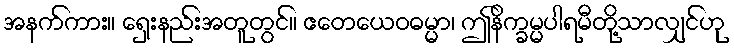
အနက်ကား။ ရှေးနည်းအတူတွင်။ ဧတေယေဝဓမ္မာ၊ ဤနိက္ခမ္မပါရမီတို့သာလျှင်ဟု